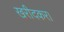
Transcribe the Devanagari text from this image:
खरीदकर।